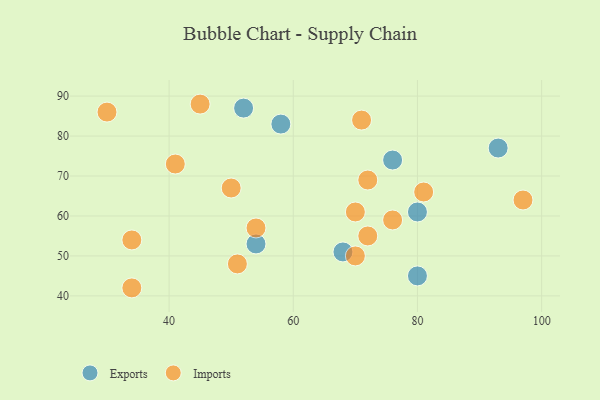
{"axis": {"x": "GDP", "y": "Life Expectancy"}, "legend": ["Exports", "Imports"], "data": [{"x": "54", "y": 53, "type": "Exports"}, {"x": "76", "y": 74, "type": "Exports"}, {"x": "93", "y": 77, "type": "Exports"}, {"x": "68", "y": 51, "type": "Exports"}, {"x": "80", "y": 61, "type": "Exports"}, {"x": "58", "y": 83, "type": "Exports"}, {"x": "52", "y": 87, "type": "Exports"}, {"x": "80", "y": 45, "type": "Exports"}, {"x": "71", "y": 84, "type": "Imports"}, {"x": "72", "y": 55, "type": "Imports"}, {"x": "34", "y": 42, "type": "Imports"}, {"x": "34", "y": 54, "type": "Imports"}, {"x": "51", "y": 48, "type": "Imports"}, {"x": "54", "y": 57, "type": "Imports"}, {"x": "45", "y": 88, "type": "Imports"}, {"x": "81", "y": 66, "type": "Imports"}, {"x": "72", "y": 69, "type": "Imports"}, {"x": "70", "y": 50, "type": "Imports"}, {"x": "41", "y": 73, "type": "Imports"}, {"x": "97", "y": 64, "type": "Imports"}, {"x": "76", "y": 59, "type": "Imports"}, {"x": "50", "y": 67, "type": "Imports"}, {"x": "70", "y": 61, "type": "Imports"}, {"x": "30", "y": 86, "type": "Imports"}]}